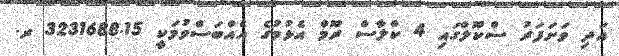
އަދި ވަށަފަރު ސްކޫލްގައި 4 ކްލާސް ރޫމް އެޅުމުގެ އެއްބަސްވުމަކީ 3231688.15 ރ.